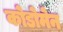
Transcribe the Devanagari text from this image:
कोडोमेन